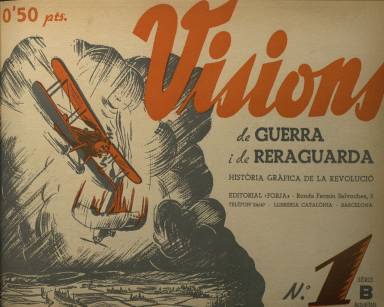
Título: Visions de guerra i de reraguarda. Sèrie B, Actualitats
Otros títulos: Actualitats || Visiones de guerra y de retaguardia || Visiones de guerra y de retaguardia. Serie B, Actualidades || Actualidades
Colección: Guerra civil
Ámbito geográfico: Barcelona
Lugar de publicación: Barcelona
Fechas: 17/04/1937-02/04/1938